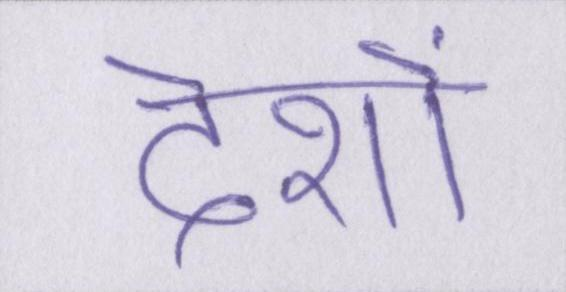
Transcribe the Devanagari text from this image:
देशों